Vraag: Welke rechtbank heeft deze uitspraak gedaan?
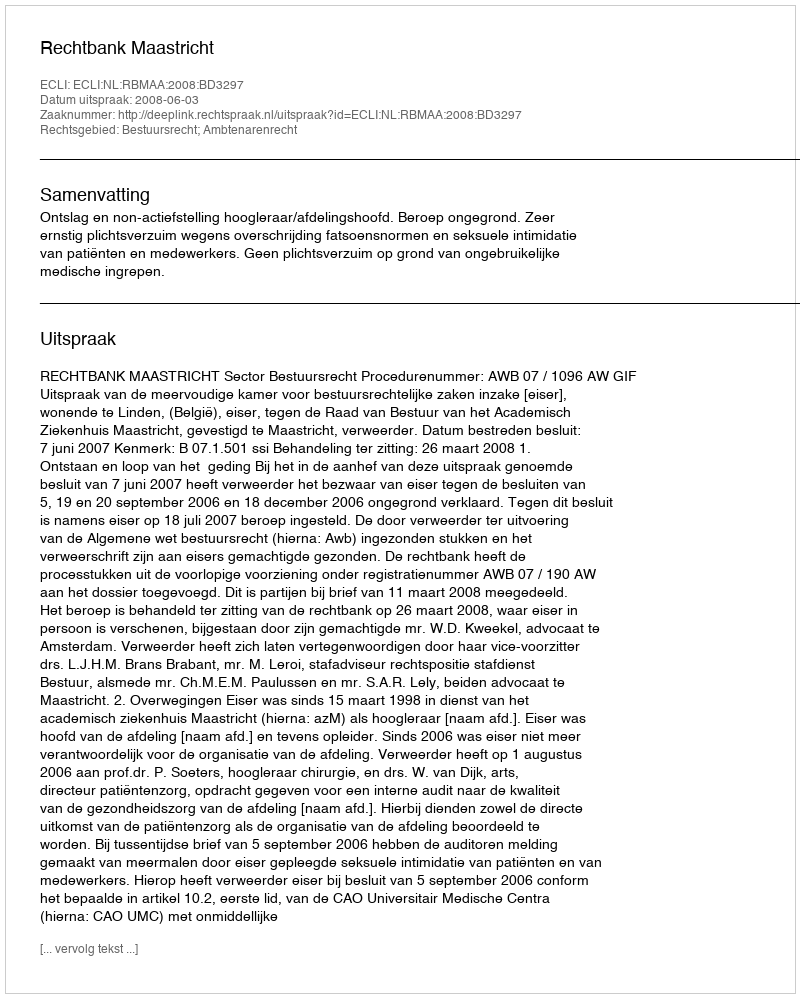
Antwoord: Rechtbank Maastricht